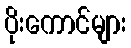
ပိုးကောင်များ